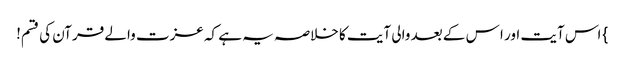
} اس آیت اور ا س کے بعد والی آیت کا خلاصہ یہ ہے کہ عزت والے قرآن کی قسم!